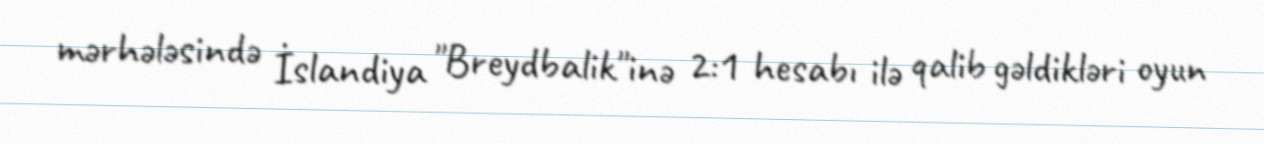
mərhələsində İslandiya "Breydbalik"inə 2:1 hesabı ilə qalib gəldikləri oyun